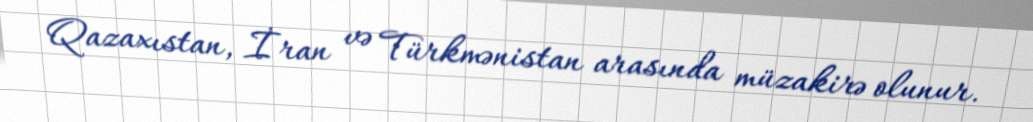
Qazaxıstan, İran və Türkmənistan arasında müzakirə olunur.